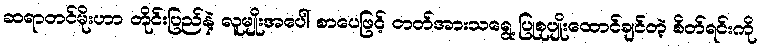
ဆရာတင်မိုးဟာ တိုင်းပြည်နဲ့ လူမျိုးအပေါ် စာပေဖြင့် တတ်အားသရွေ့ ပြုစုပျိုးထောင်ချင်တဲ့ စိတ်ရင်းကို